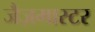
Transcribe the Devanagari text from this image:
जैज़मास्टर